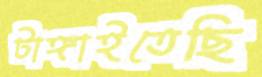
টাঙ্গাইতেছি